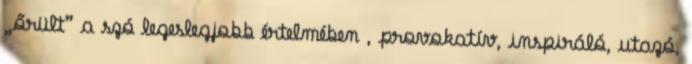
„őrült” a szó legeslegjobb értelmében , provokatív, inspiráló, utazó,